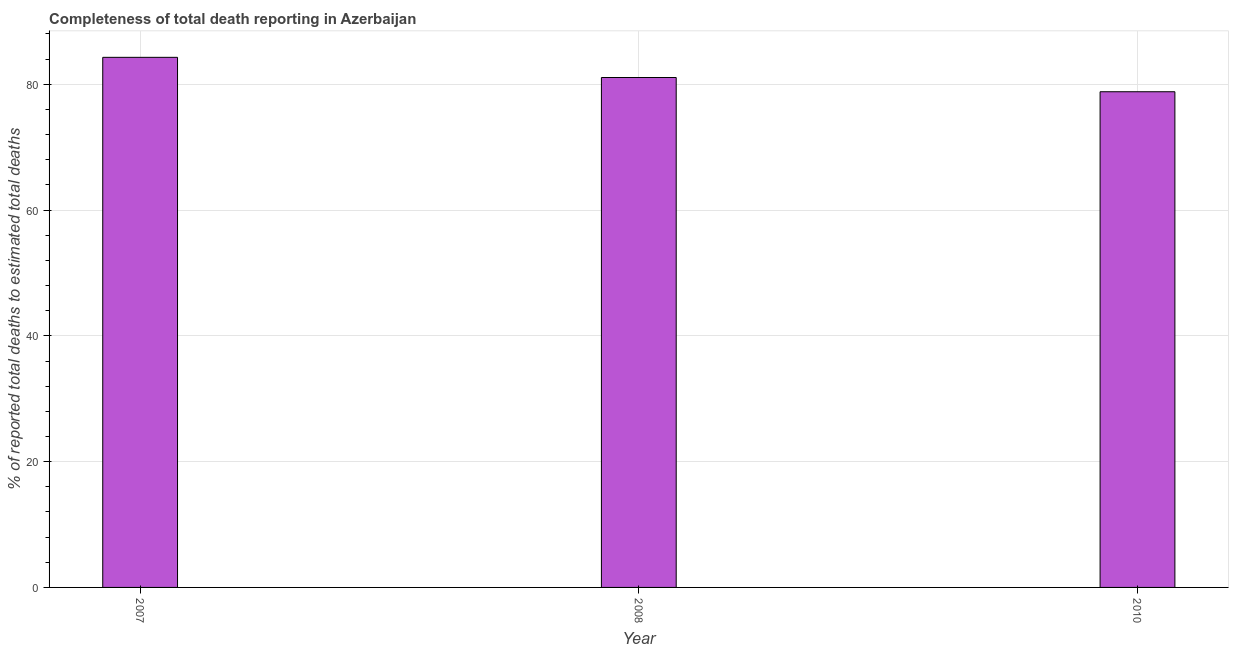
| Year | Completeness of total death reporting  |
 | --- | --- |
 | 2007 | 84.3 |
 | 2008 | 81.1 |
 | 2010 | 78.8 |